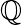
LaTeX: {\cal\mathbb{Q}}